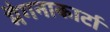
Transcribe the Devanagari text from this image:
मैगनाकार्टा